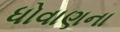
ધોવાણના